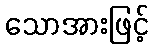
သောအားဖြင့်